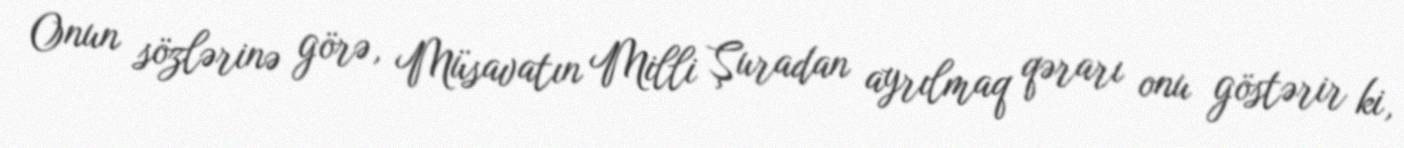
Onun sözlərinə görə, Müsavatın Milli Şuradan ayrılmaq qərarı onu göstərir ki,